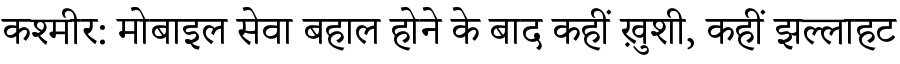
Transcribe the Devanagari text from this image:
कश्मीर: मोबाइल सेवा बहाल होने के बाद कहीं ख़ुशी, कहीं झल्लाहट